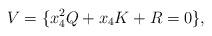
LaTeX: \begin{align*} V = \{ x_4^2 Q + x_4 K + R = 0 \},\end{align*}